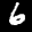
Label: 6